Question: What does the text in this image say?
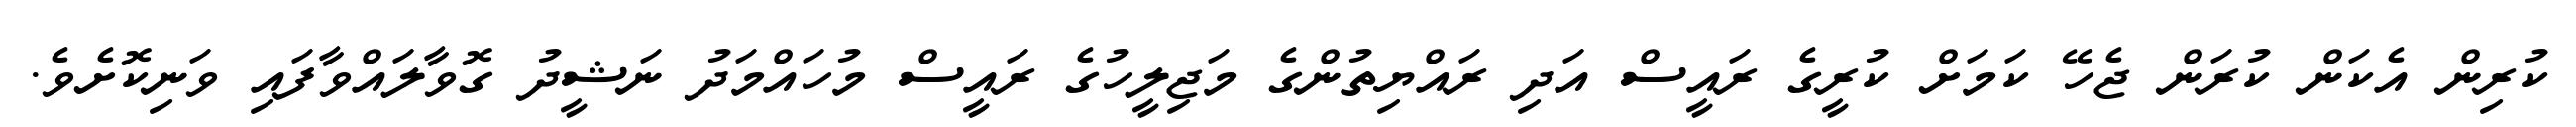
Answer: ކުރިން އެކަން ކުރަން ޖެހޭ ކަމަށް ކުރީގެ ރައީސް އަދި ރައްޔިތުންގެ މަޖިލީހުގެ ރައީސް މުހައްމަދު ނަޝީދު ގޮވާލައްވާފައި ވަނިކޮށެވެ.